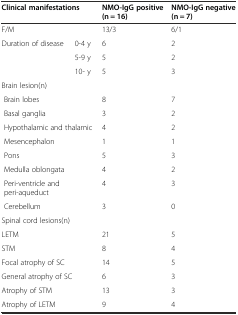
| <COLSPAN=2> Clinical manifestations | NMO-IgG positive (n = 16) | NMO-IgG negative (n = 7) |
 | --- | --- | --- | --- |
 | <COLSPAN=2> F/M | 13/3 | 6/1 |
 | <ROWSPAN=3> Duration of disease | 0-4 y | 6 | 2 |
 | 5-9 y | 5 | 2 |
 | 10- y | 5 | 3 |
 | <COLSPAN=2> Brain lesion(n) |  |  |
 | <COLSPAN=2> Brain lobes | 8 | 7 |
 | <COLSPAN=2> Basal ganglia | 3 | 2 |
 | <COLSPAN=2> Hypothalamic and thalamic | 4 | 2 |
 | <COLSPAN=2> Mesencephalon | 1 | 1 |
 | <COLSPAN=2> Pons | 5 | 3 |
 | <COLSPAN=2> Medulla oblongata | 4 | 2 |
 | <COLSPAN=2> Peri-ventricle and peri-aqueduct | 4 | 3 |
 | <COLSPAN=2> Cerebellum | 3 | 0 |
 | <COLSPAN=2> Spinal cord lesions(n) |  |  |
 | <COLSPAN=2> LETM | 21 | 5 |
 | <COLSPAN=2> STM | 8 | 4 |
 | <COLSPAN=2> Focal atrophy of SC | 14 | 5 |
 | <COLSPAN=2> General atrophy of SC | 6 | 3 |
 | <COLSPAN=2> Atrophy of STM | 13 | 3 |
 | <COLSPAN=2> Atrophy of LETM | 9 | 4 |